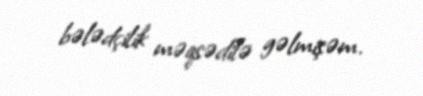
bələdçilik məqsədilə gəlmişəm.